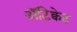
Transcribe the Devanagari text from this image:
अॅटिक्वेट